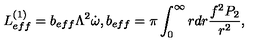
L _ { e f f } ^ { ( 1 ) } = b _ { e f f } \Lambda ^ { 2 } \dot { \omega } , b _ { e f f } = \pi \int _ { 0 } ^ { \infty } r d r \frac { f ^ { 2 } P _ { 2 } } { r ^ { 2 } } ,